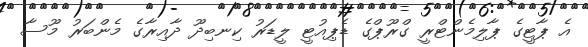
އެ ޕާޓީގެ ޕާލިމެންޓްރީ ގްރޫޕްގެ ޑެޕިއުޓީ ލީޑަރު ކިނބިދޫ ދާއިރާގެ މެންބަރު މޫސާ